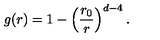
g ( r ) = 1 - \left( \frac { r _ { 0 } } { r } \right) ^ { d - 4 } .